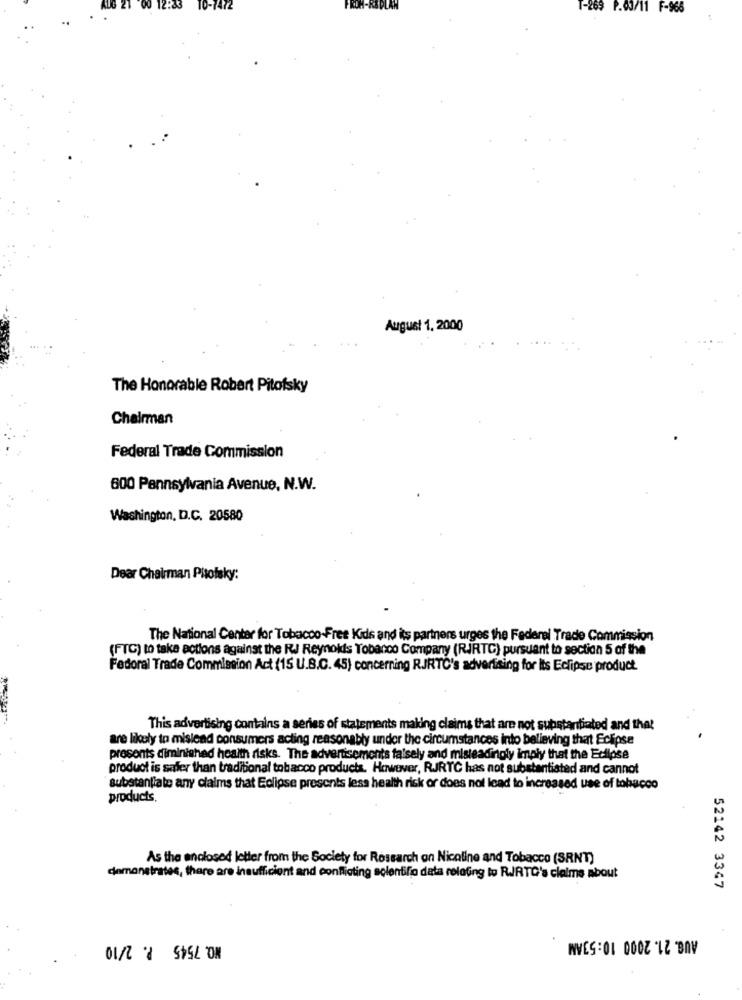
₽33
TO-7472
T-269 P.03/11 F-966
August 1, 2000
The Honorable Robert Pitofsky
Chairman
Federal Trade Commission
600 Pennsylvania Avenue, N.W.
Washington, D.C. 20580
Dear Chairman Pitofsky:
The National Center for Tobacco-Free Kids and its partners urges the Federal Trade Commission
(FTC) to take actions against the RJ Reynokis Tobanco Company (RIRTC) pursuant to section 5 of the
Federal Trade Commission Act (15 U.B.C. 45) concerning RJRTC's advertising for its Eclipse product.
This advertising contains a series of statements making claims that are not substantiated and that
are likely to mislead consumers acting reasonably under the circumstances into believing that Eclipse
prosents diminished health risks. The advertisements falsely and misleadingly imply that the Eclipse
product is safer than traditional tobacco products. However, RJRTC has not substantiated and cannot
substantiate any claims that Eclipse presents less health risk or does not lead to increased use of tobacco
products.
As the enclosed letter from the Society for Research on Nicoline and Tobacco (SRNT)
demonstrates, there are insufficient and conflicting scientific data relating to RJRTC's claims about
52142 3347
AUG. 21. 2000 10:53AM
NO. 7545 P. 2/10